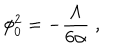
\phi _ { 0 } ^ { 2 } = - \frac { \Lambda } { 6 \alpha } \; ,